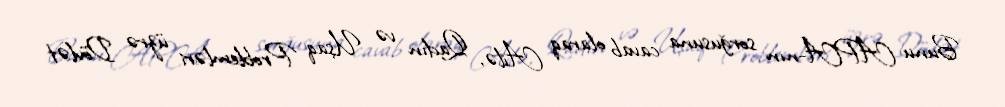
Bunu APA-nın sorğusuna cavab olaraq Ailə, Qadın və Uşaq Problemləri üzrə Dövlət